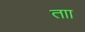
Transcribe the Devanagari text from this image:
ताा